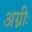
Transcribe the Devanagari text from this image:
अग्नीः